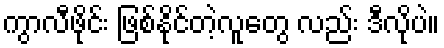
ကွာလီဖိုင်း ဖြစ်နိုင်တဲ့လူတွေ လည်း ဒီလိုပဲ။